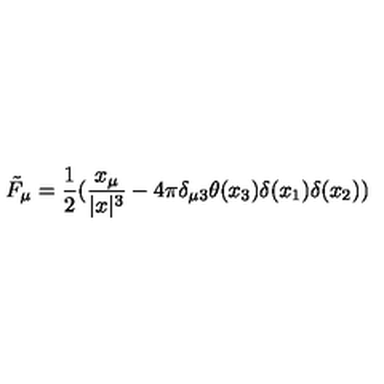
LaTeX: \tilde { F } _ { \mu } = \frac { 1 } { 2 } ( \frac { x _ { \mu } } { | x | ^ { 3 } } - 4 \pi \delta _ { \mu 3 } \theta ( x _ { 3 } ) \delta ( x _ { 1 } ) \delta ( x _ { 2 } ) )